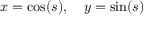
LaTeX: x = \cos ( s ) , \quad y = \sin ( s )